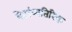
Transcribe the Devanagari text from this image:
बेटांव्यतिरिक्त